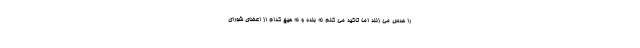
را حدس می زنند اما تاکید می کنم نه بنده و نه هیچ کدام از اعضای شورای